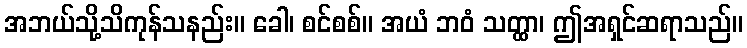
အဘယ်သို့သိကုန်သနည်း။ ခေါ၊ စင်စစ်။ အယံ ဘဝံ သတ္ထာ၊ ဤအရှင်ဆရာသည်။